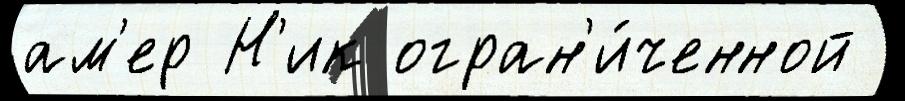
ам'ер Н'ик огран'и́ченной